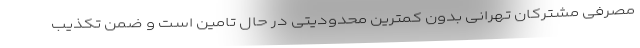
مصرفی مشترکان تهرانی بدون کمترین محدودیتی در حال تامین است و ضمن تکذیب